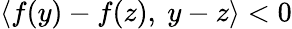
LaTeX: \langle f(y)-f(z),\ y-z\rangle<0